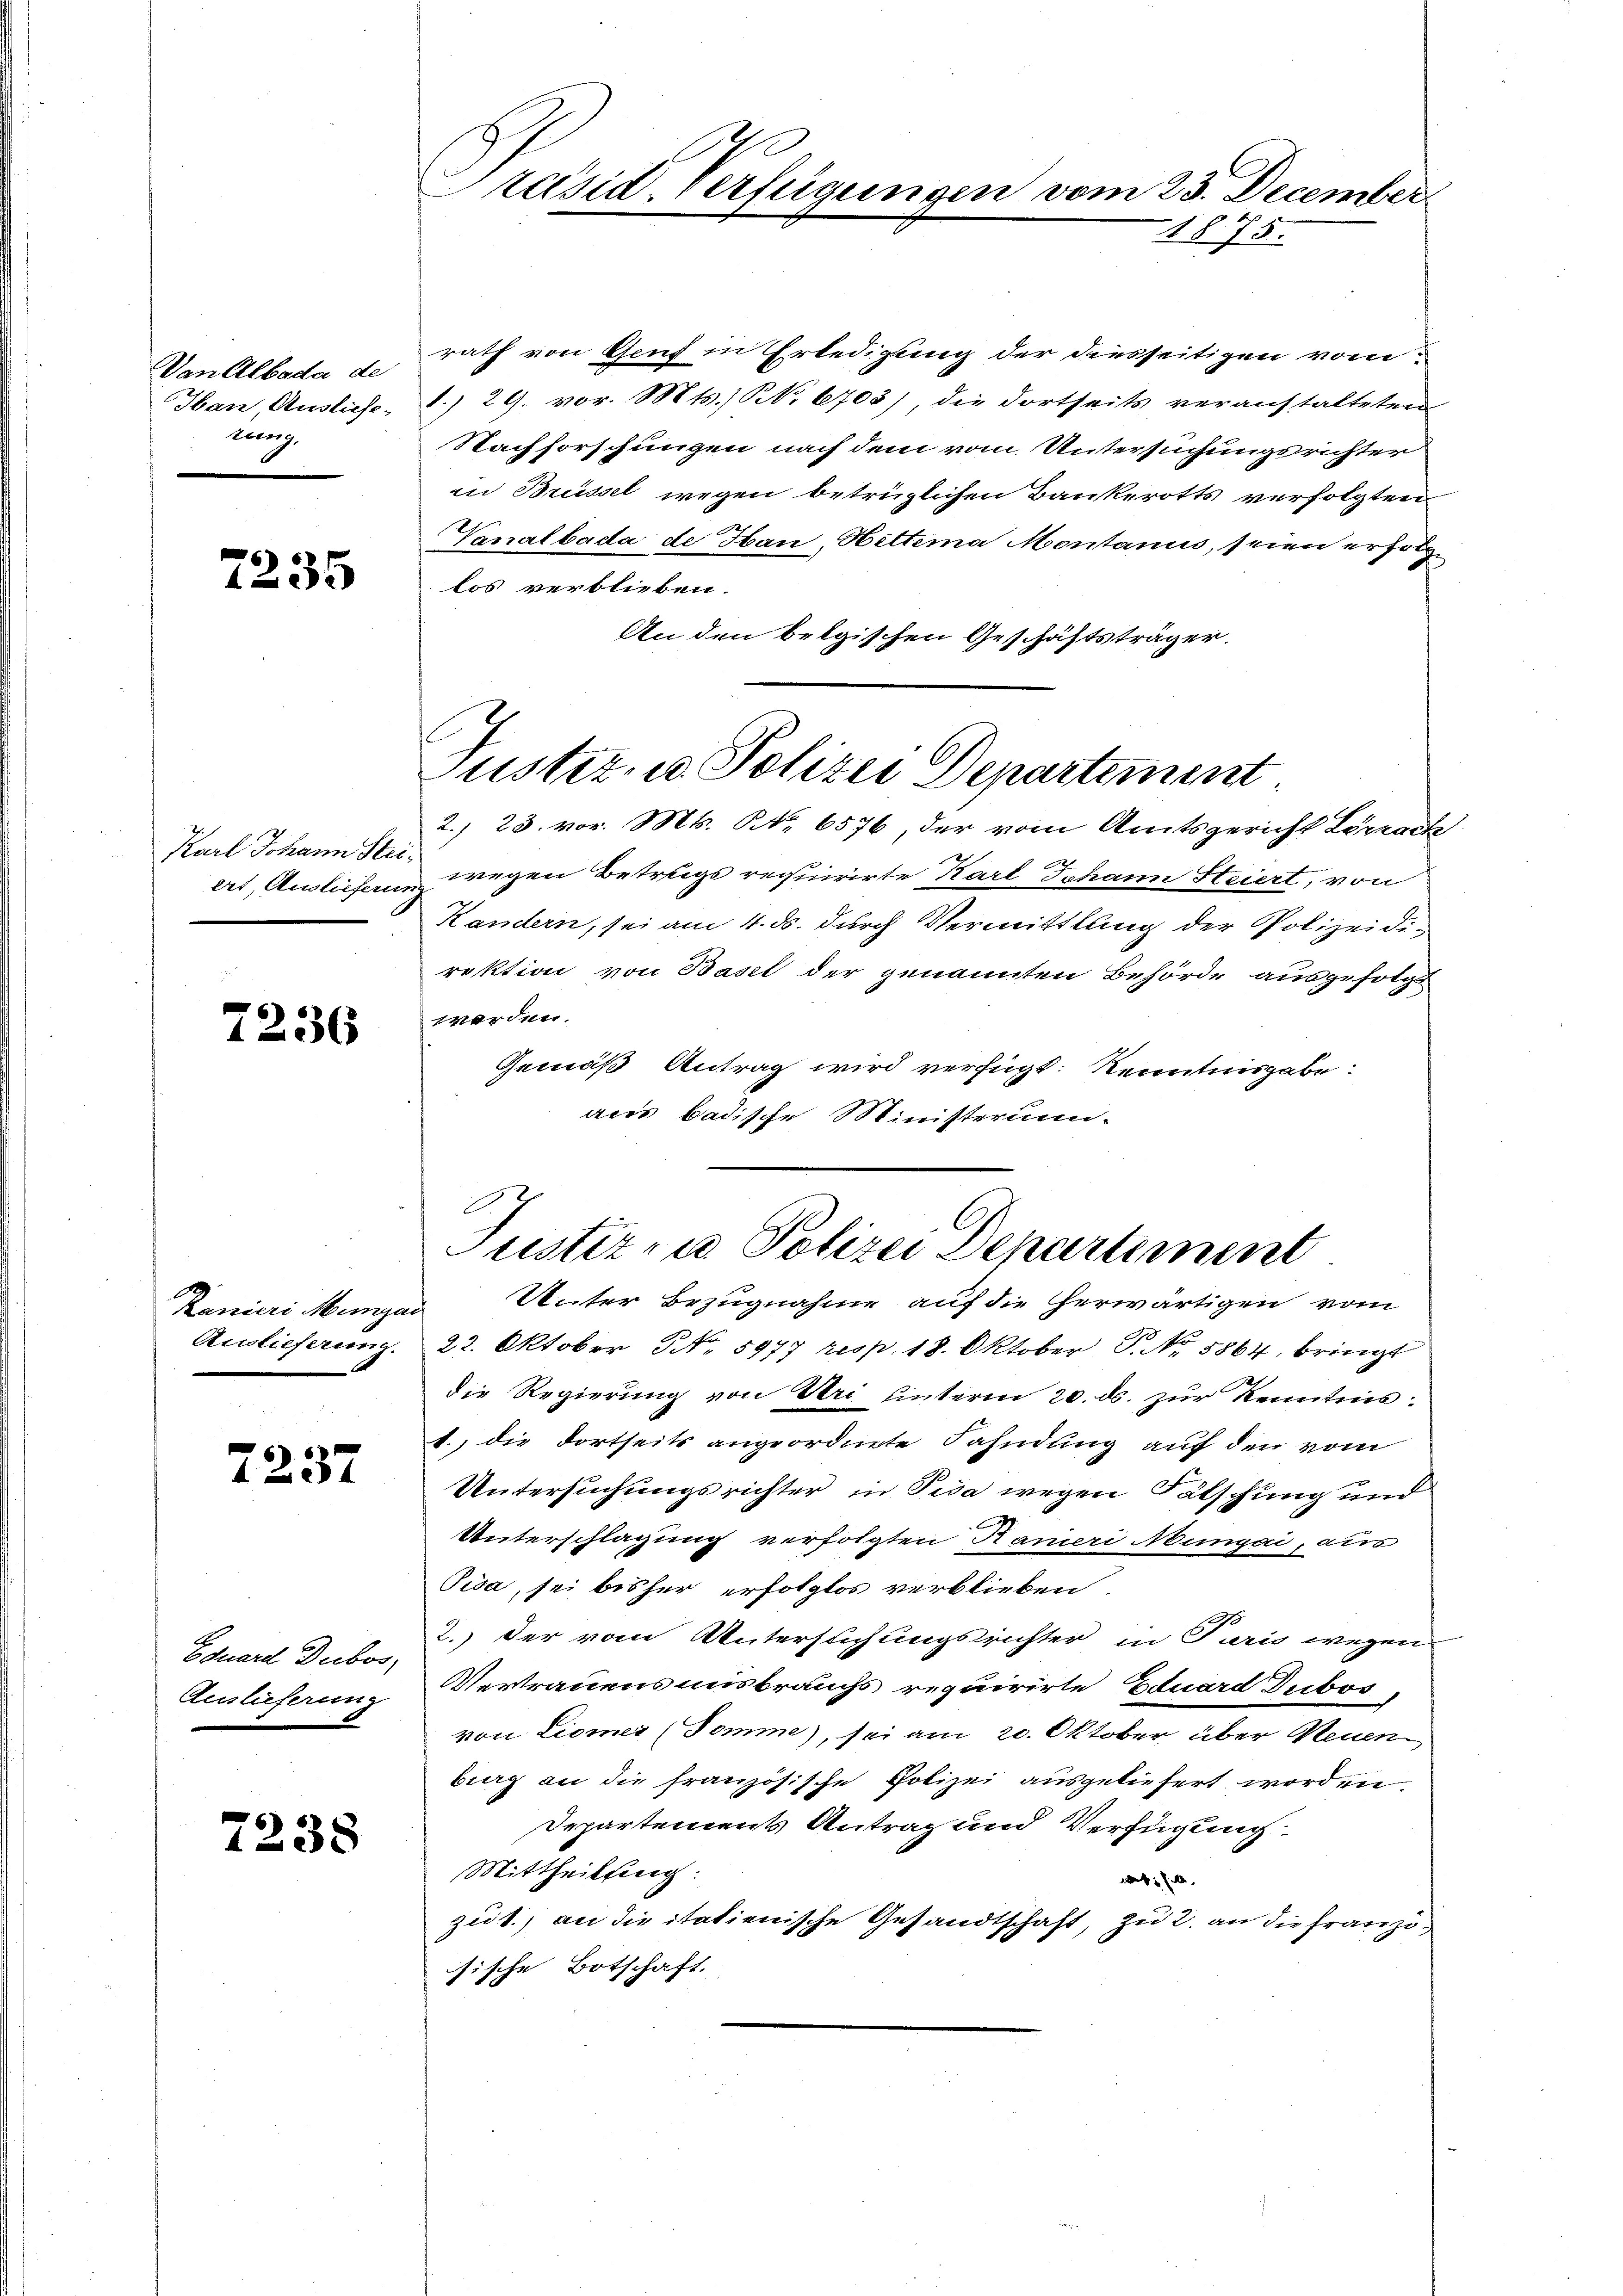
Van Albada de
Han, Ausliefe-
rung.

7235

Karl Johann Striert Ausliefern.

7236

Kanieri Megar
Auslieferung.

7237

Eduard Dubos,
Auslieferung

7238

Präsid. Verfügungen vom 25. December
1875.

rath von Genf in Erledigung der diesseitigen vom
8./29. vor. Mts. No. 6703), die dortseits veranstalteten
Nachforschungen nach dem vom Untersuchungsrichter
in Brüssel wegen betrüglichen Bankerotts verfolgten
Vanalbada de Hau, Hettera Montanis, seien erhölzlos verblieben.
An den belgischen Geschäftsträger.

Justiz- u. Polizei Departement

A.
Justiz zu Polizei Departement
Unter Bezugnahme auf die herwärtigen vom

2./23. vor. Mts. Nr. 6576, der vom Amtsgericht Lörrach
 wegen Betrugs requirirte Karl Johann Steiert, von
Kandern, sei am 4. ds. durch Vermittlung der Polizeidirektion von Basel der genannten Behörde ausgefolgt
werden.
Gemäß Antrag wird verfügt: Kenntnisgabe:
acs badische Ministerium
22. Oktober No. 5977 resp. 18. Oktober P. No 5864, bringt
die Regierung von Uri hinterm 20. ds. zur Kenntnis
1.) die dortseits angeordnete Fahndung auf den vom
Untersuchungsrichter in Pisa wegen Fälschung und
Unterschlagung verfolgten Rameri ungai, aus
Pisa, sei bisher erfolglos verblieben.
2.) Der vom Untersuchungsrichter in Paris wegen
Vertrauensmisbrauchs requirirte Eduard Tubos
von Liomer (Somme, sei am 20. Oktober über Neuen
bieg an die französische Polizei ausgeliefert worden.
Departements Antrag und Verfügung
Mittheilung.
 silb
zit., an die italienische Gesandtschaft, zu 2. an die Französische Botschaft.